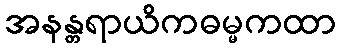
အနန္တရာယိကဓမ္မကထာ